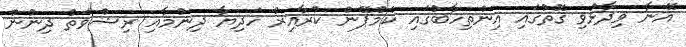
އޭނާ ވިދާޅުވި ގޮތުގައި އިންތިހާބުގައި ކެމްޕޭން ކުރާއިރު ހަދިޔާ ދިނުމާއި ރިޝްވަތު ދިނުން